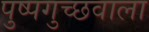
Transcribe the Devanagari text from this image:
पुष्पगुच्छवाला